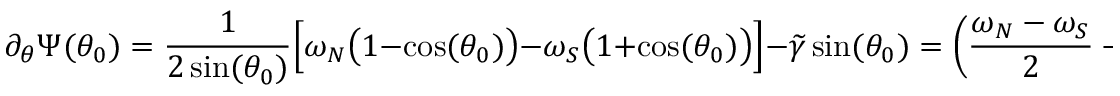
\partial _ { \theta } \Psi ( \theta _ { 0 } ) = \frac { 1 } { 2 \sin ( \theta _ { 0 } ) } \Big [ \omega _ { N } \big ( 1 - \cos ( \theta _ { 0 } ) \big ) - \omega _ { S } \big ( 1 + \cos ( \theta _ { 0 } ) \big ) \Big ] - \widetilde { \gamma } \sin ( \theta _ { 0 } ) = \left( \frac { \omega _ { N } - \omega _ { S } } { 2 } - \widetilde { \gamma } \right) \sin ( \theta _ { 0 } ) .